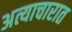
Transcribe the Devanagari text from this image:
अत्याचारात